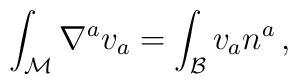
\int_{\mathcal M} \nabla^a v_a = \int_{\mathcal B} v_a n^a \, ,